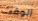
الوقت